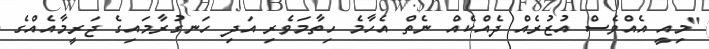
"މިއީ އެއްވެސް އުޒުރެއް ދެއްކެއް ނެތް އެހާމެ ހިތާމަވެރި އަދި ހަނގުރާމައިގެ ޖަރީމާއެއްގެ